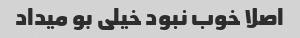
اصلا خوب نبود خیلی بو میداد